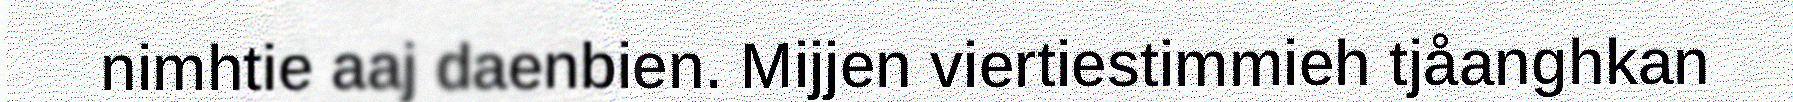
nimhtie aaj daenbien. Mijjen viertiestimmieh tjåanghkan